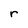
Character: r